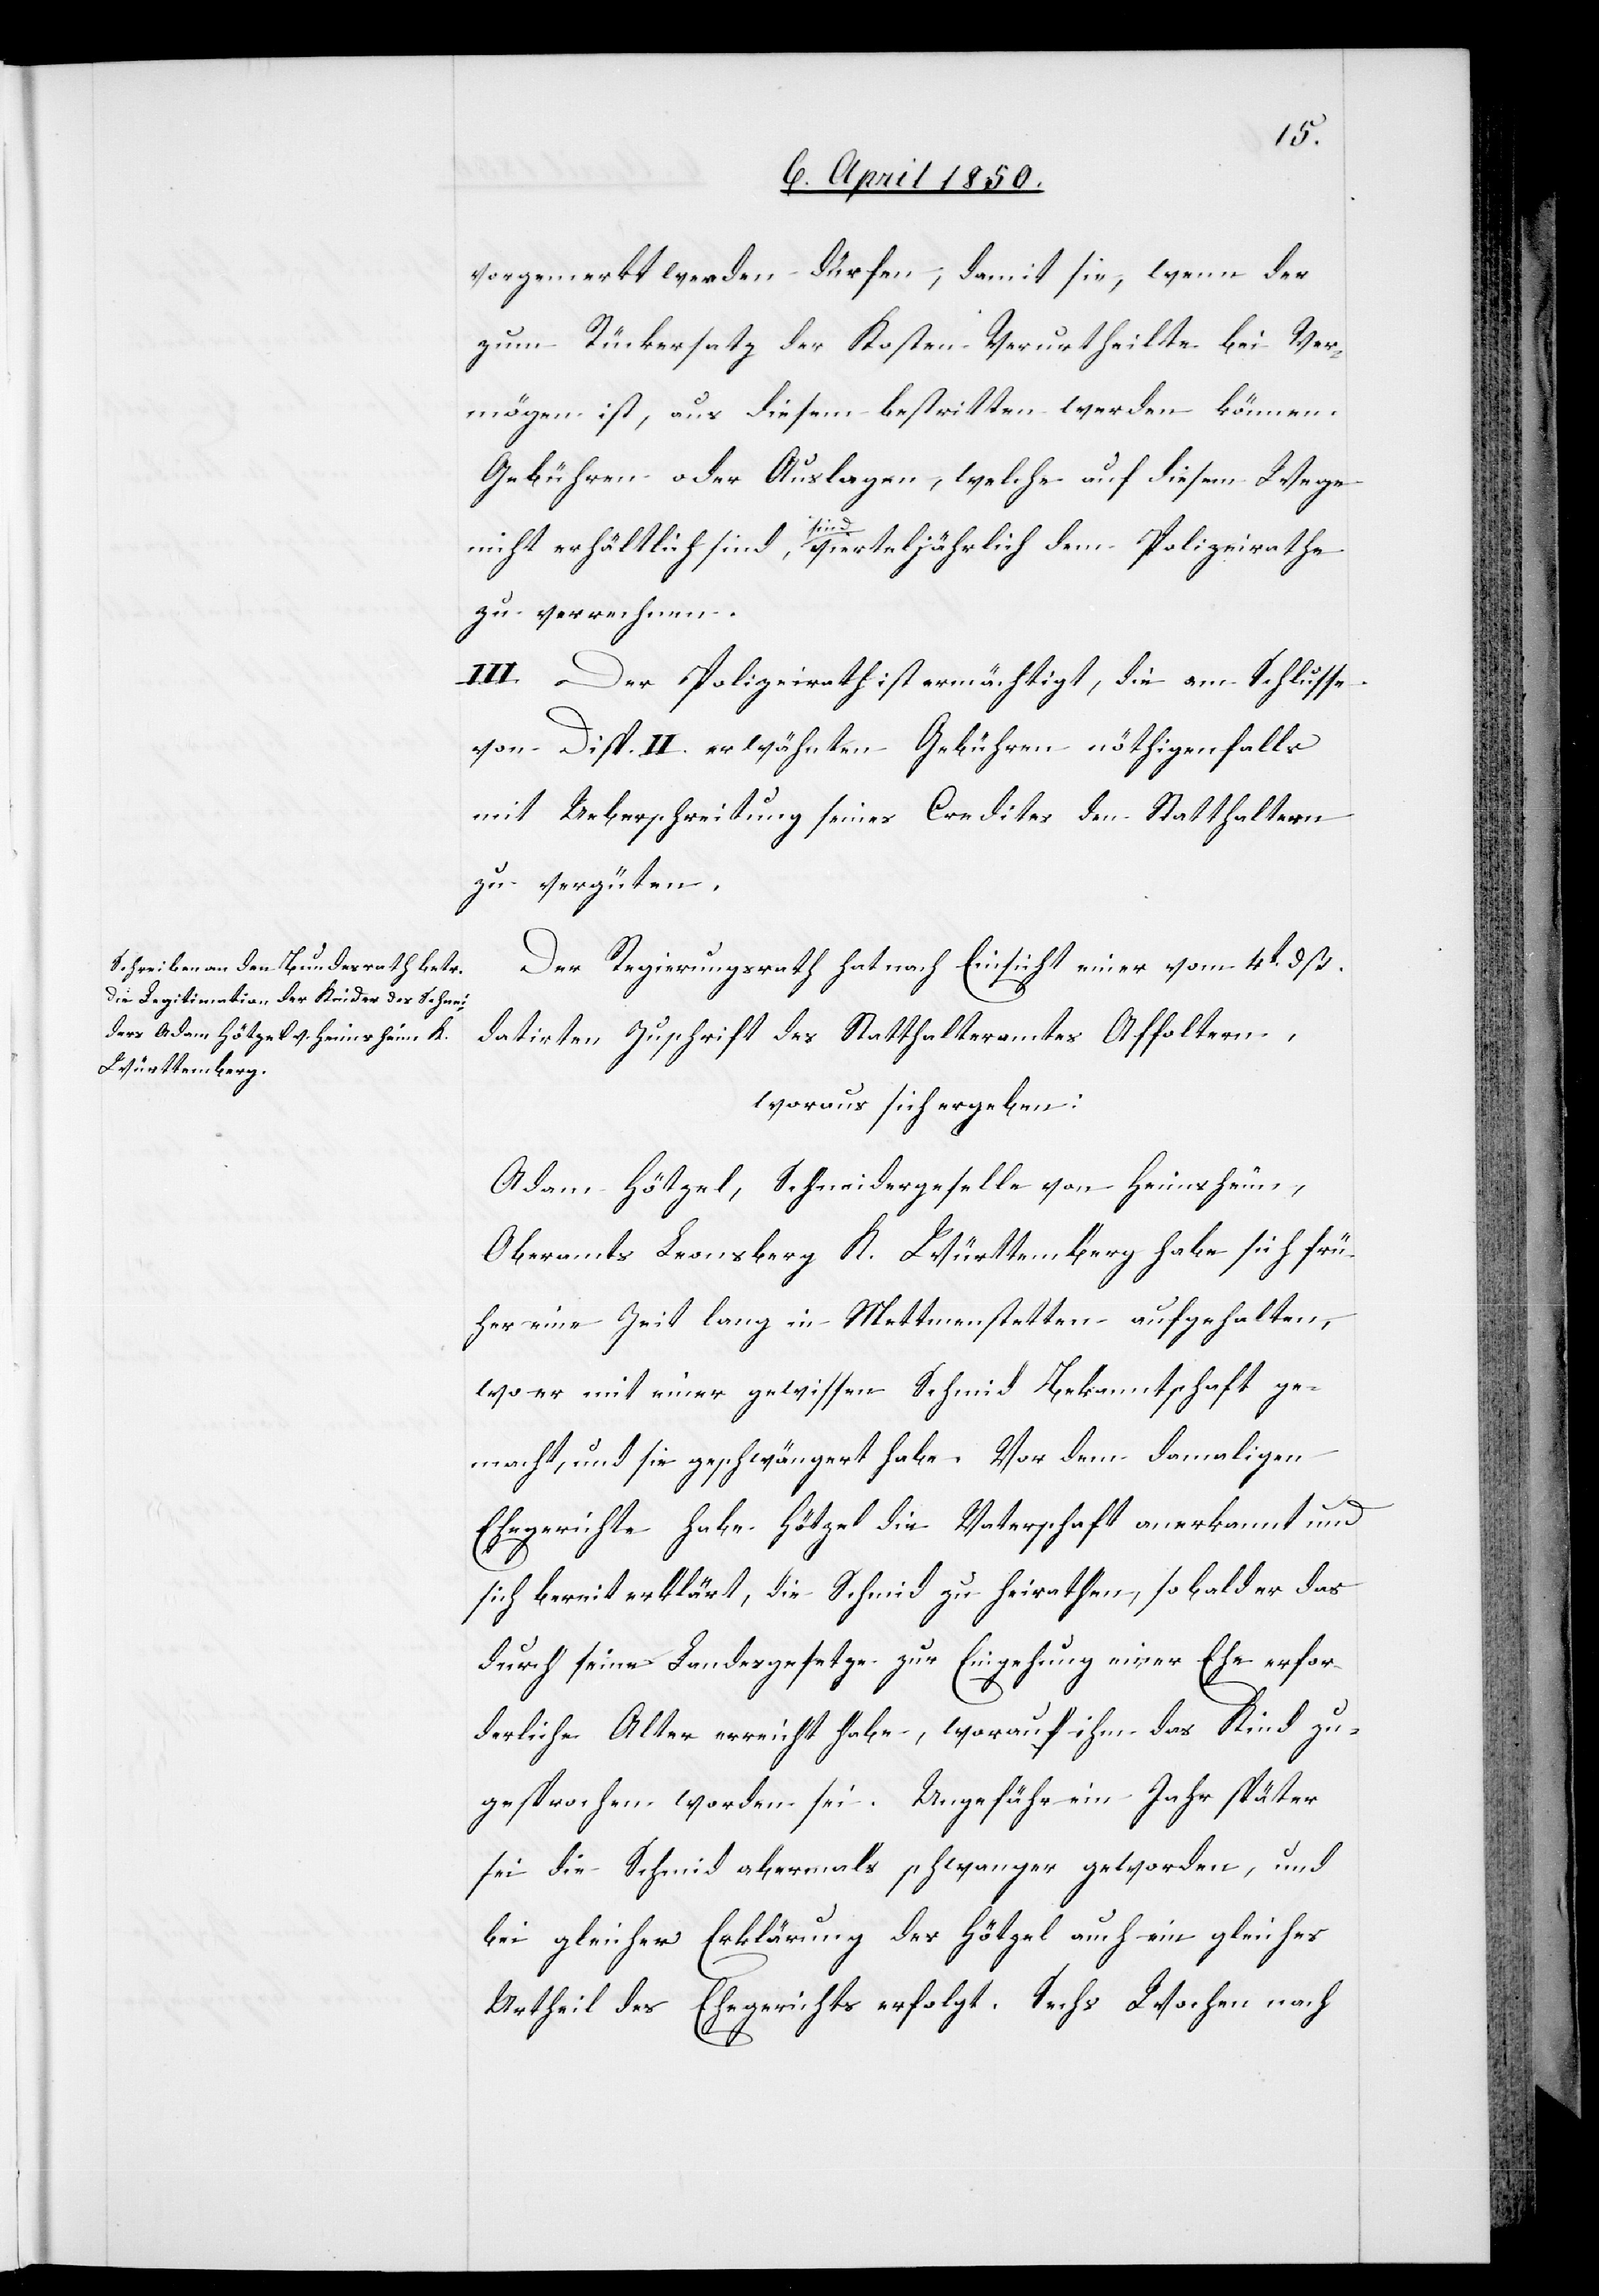
vorgemerkt werden dürfen, damit sie, wenn der
zum Rückersatz der Kosten Verurtheilte bei Ver¬
mögen ist, aus diesem bestritten werden können.
Gebühren oder Auslagen, welche auf diesem Wege
nicht erhältlich sind, sind vierteljährlich dem Polizeirathe
zu verrechnen.
III. Der Polizeirath ist ermächtigt, die am Schlusse
von Disp. II. erwähnten Gebühren nöthigenfalls
mit Ueberschreitung seines Credites den Statthaltern
zu vergüten.
Der Regierungsrath hat nach Einsicht einer vom 4t dß.
datirten Zuschrift des Statthalteramtes Affoltern,
woraus sich ergeben:
Adam Hötzel, Schneidergeselle von Heimsheim,
Oberamts Leonsberg K. Württemberg habe sich frü¬
her eine Zeit lang in Mettmenstetten aufgehalten,
wo er mit einer gewissen Schmid Bekanntschaft ge¬
macht, und sie geschwängert habe. Vor dem damaligen
Ehegerichte habe Hötzel die Vaterschaft anerkannt und
sich bereit erklärt, die Schmid zu heirathen, sobald er das
durch seine Landesgesetze zur Eingehung einer Ehe erfor¬
derliche Alter erreicht habe, worauf ihm das Kind zu¬
gesprochen worden sei. Ungefähr ein Jahr später
sei die Schmid abermals schwanger geworden, und
bei gleicher Erklärung des Hötzel auch ein gleiches
Urtheil des Ehegerichts erfolgt. Sechs Wochen nach